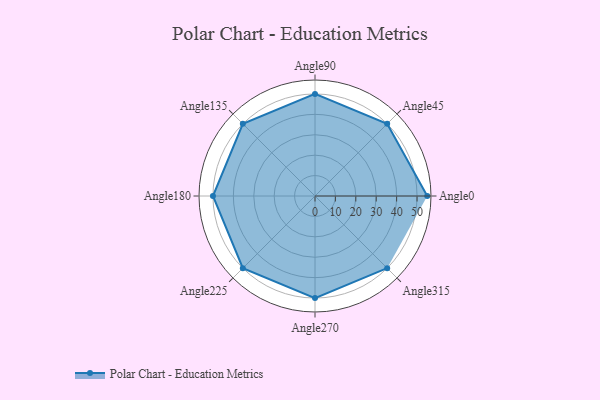
{"axis": {"x": "Angle", "y": "Radius"}, "legend": [""], "data": [{"x": "Angle0", "y": 55.0, "type": ""}, {"x": "Angle45", "y": 50, "type": ""}, {"x": "Angle90", "y": 50, "type": ""}, {"x": "Angle135", "y": 50, "type": ""}, {"x": "Angle180", "y": 50, "type": ""}, {"x": "Angle225", "y": 50, "type": ""}, {"x": "Angle270", "y": 50, "type": ""}, {"x": "Angle315", "y": 50, "type": ""}]}